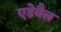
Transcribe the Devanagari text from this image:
एडेवैल